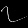
Digit: ၇